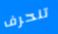
تنحرف